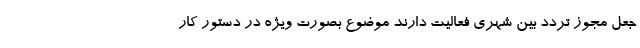
جعل مجوز تردد بین شهری فعالیت دارند موضوع بصورت ویژه در دستور کار